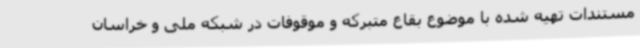
مستندات تهیه شده با موضوع بقاع متبرکه و موقوفات در شبکه ملی و خراسان